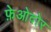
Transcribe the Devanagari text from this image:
फ़ेओदोर